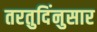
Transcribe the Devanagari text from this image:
तरतुदिंनुसार